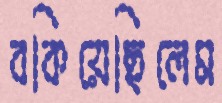
বকিয়েছিলেম